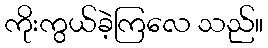
ကိုးကွယ်ခဲ့ကြလေ သည်။